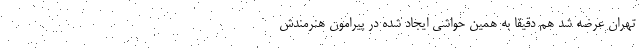
تهران عرضه شد هم دقیقا به همین حواشی ایجاد شده در پیرامون هنرمندش